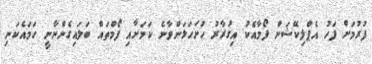
ފުރުމަށް ފަހު އެޕްލިކޭޝަން ފޯމާއެކު އިގުރާރު ހުށަހަޅަންވާނެ ކަމަށާއި ފޯމްތައް ބަލައިގެންނާނީ ހަމައެކަނި